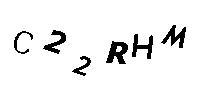
C22RHM